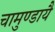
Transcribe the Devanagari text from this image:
चामुण्डायै